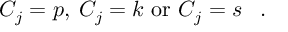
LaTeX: \; \; \; \; \; C _ { j } = p , \: C _ { j } = k { \mathrm { ~ o r ~ } } C _ { j } = s \; \; \; .